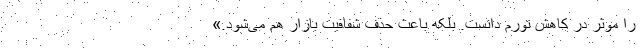
را موثر در کاهش تورم دانست. بلکه باعث حذف شفافیت بازار هم می‌شود.»